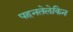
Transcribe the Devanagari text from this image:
पहनतेलेकिन